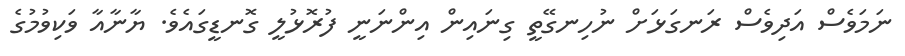
ނަމަވެސް އަދިވެސް ރަނގަޅަށް ނުހިނގޭތީ ގިނައިން އިންނަނީ ފުރޮޅުލީ ގޮނޑީގައެވެ. ޔާނާއާ ވަކިވުމުގެ